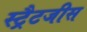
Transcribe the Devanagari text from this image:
स्ट्रैटजीस